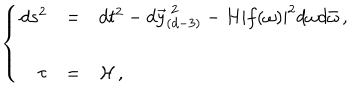
\left\{ \begin{array} { r c l } { { d s ^ { 2 } } } & { { = } } & { { d t ^ { 2 } - d \vec { y } _ { ( d - 3 ) } ^ { \ 2 } - H | f ( \omega ) | ^ { 2 } d \omega d \bar { \omega } \, , } } \\ { { } } & { { } } & { { } } \\ { { \tau } } & { { = } } & { { { \cal H } \, , } } \\ \end{array} \right.